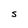
Character: S